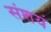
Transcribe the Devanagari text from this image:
संशयं